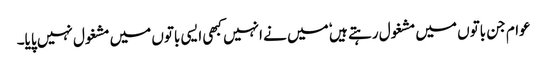
عوام جن باتوں میں مشغول رہتے ہیں ٗ میں نے انہیں کبھی ایسی باتوں میں مشغول نہیں پایا۔